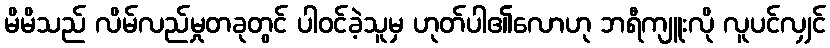
မိမိသည် လိမ်လည်မှုတခုတွင် ပါဝင်ခဲ့သူမှ ဟုတ်ပါ၏လောဟု ဘရီကျူးလို လူပင်လျှင်